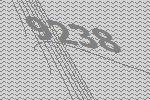
9238